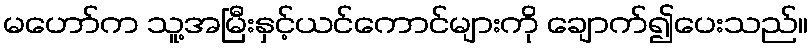
မဟော်က သူ့အမြီးနှင့်ယင်ကောင်များကို ချောက်၍ပေးသည်။